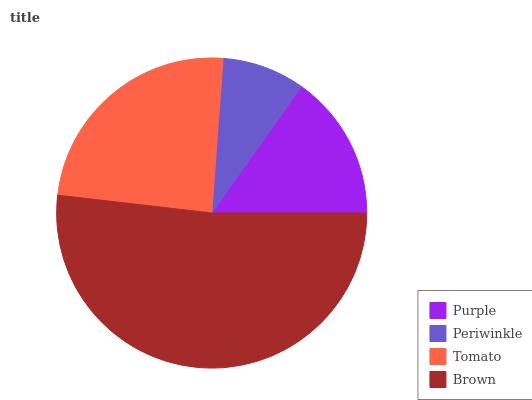
| Purple | Periwinkle | Tomato | Brown |
 | --- | --- | --- | --- |
 | 15.2% | 8.65% | 24.3% | 51.8% |